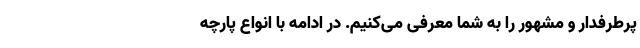
پرطرفدار و مشهور را به شما معرفی می‌کنیم. در ادامه با انواع پارچه